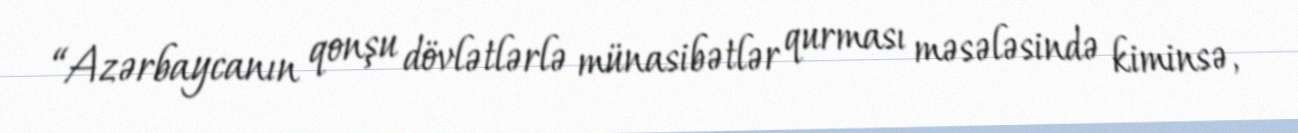
“Azərbaycanın qonşu dövlətlərlə münasibətlər qurması məsələsində kiminsə,